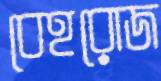
বেহরোজ